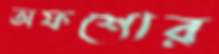
অফশোর